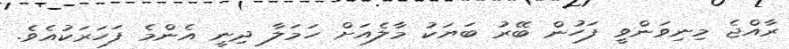
ރާއްޖެ މިނިވަންވީ ފަހުން ބޭރު ބަޔަކު މާލެއަށް ހަމަލާ ދިނީ އެންމެ ފަހަރަކުއެވެ.